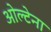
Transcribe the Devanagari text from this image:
ओल्टेना